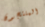
المنتجون